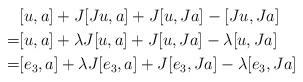
LaTeX: \begin{align*}& [u,a]+J[Ju,a]+J[u,Ja]-[Ju,Ja] \\=&[u,a]+\lambda J[u,a] + J[u,Ja]-\lambda [u,Ja] \\=&[e_3,a]+\lambda J[e_3,a] + J[e_3,Ja]-\lambda [e_3,Ja] \end{align*}